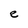
Character: e